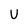
Character: U